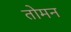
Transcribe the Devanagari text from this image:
तोमन